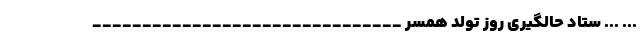
... ... ستاد حالگیری روز تولد همسر _______________________________